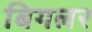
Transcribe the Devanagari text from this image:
बिगलर